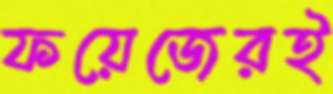
ফয়েজেরই